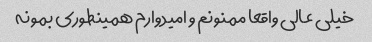
خیلی عالی واقعا ممنونم و امیدوارم همینطوری بمونه